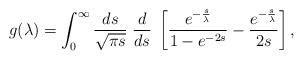
LaTeX: \begin{align*}g(\lambda) =\int_0^{\infty} \frac {ds} {\sqrt{\pi s}} \; \frac {d} {d s} \; \left[ \frac {e^{- \frac {s} {\lambda}}} {1-e^{-2s}}- \frac {e^{- \frac {s} {\lambda}}} {2s} \right],\end{align*}